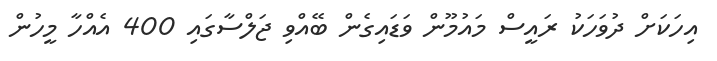
އިހަކަށް ދުވަހަކު ރައީސް މައުމޫން ވަޑައިގެން ބޭއްވި ޖަލްސާގައި 400 އެއްހާ މީހުން